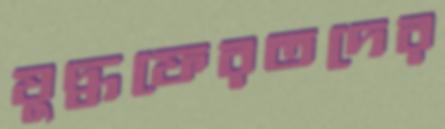
যুদ্ধফেরতদের